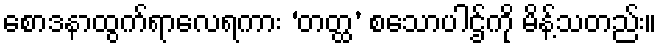
စောဒနာထွက်ရာလေရကား ‘တတ္ထ’ စသောပါဌ်ကို မိန့်သတည်း။